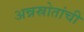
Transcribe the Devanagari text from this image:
अन्नस्रोतांची